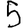
Digit: 5